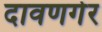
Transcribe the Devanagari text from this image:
दावणगेर